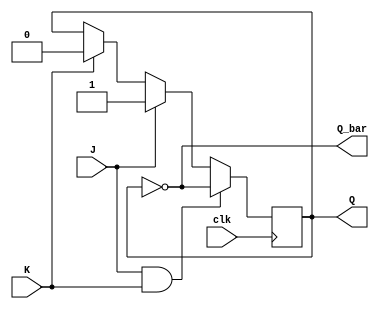
module jk_flipflop(
    input wire clk,
    input wire J,
    input wire K,
    output reg Q,
    output reg Q_bar
);

always @(posedge clk) begin
    if (J && K) begin
        Q <= ~Q;
    end else if (J) begin
        Q <= 1'b1;
    end else if (K) begin
        Q <= 1'b0;
    end
end

assign Q_bar = ~Q;

endmodule